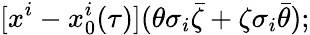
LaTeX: [x^{i}-x_{0}^{i}(\tau)](\theta\sigma_{i}\bar{\zeta}+\zeta\sigma_{i}\bar{\theta});